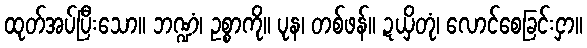
ထုတ်အပ်ပြီးသော။ ဘဏ္ဍံ၊ ဥစ္စာကို။ ပုန၊ တစ်ဖန်။ ဍယှိတုံ၊ လောင်စေခြင်းငှာ။